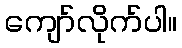
ကျော်လိုက်ပါ။